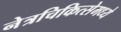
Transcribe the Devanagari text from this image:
नेत्रचिकित्सेमध्ये